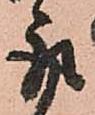
取